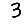
Digit: 3